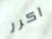
اكرر